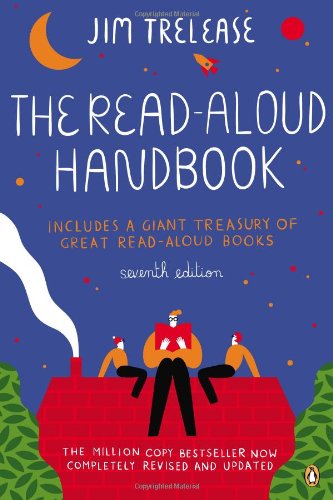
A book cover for The Read-Aloud Handbook: Seventh Edition; Jim Trelease; Education & Teaching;